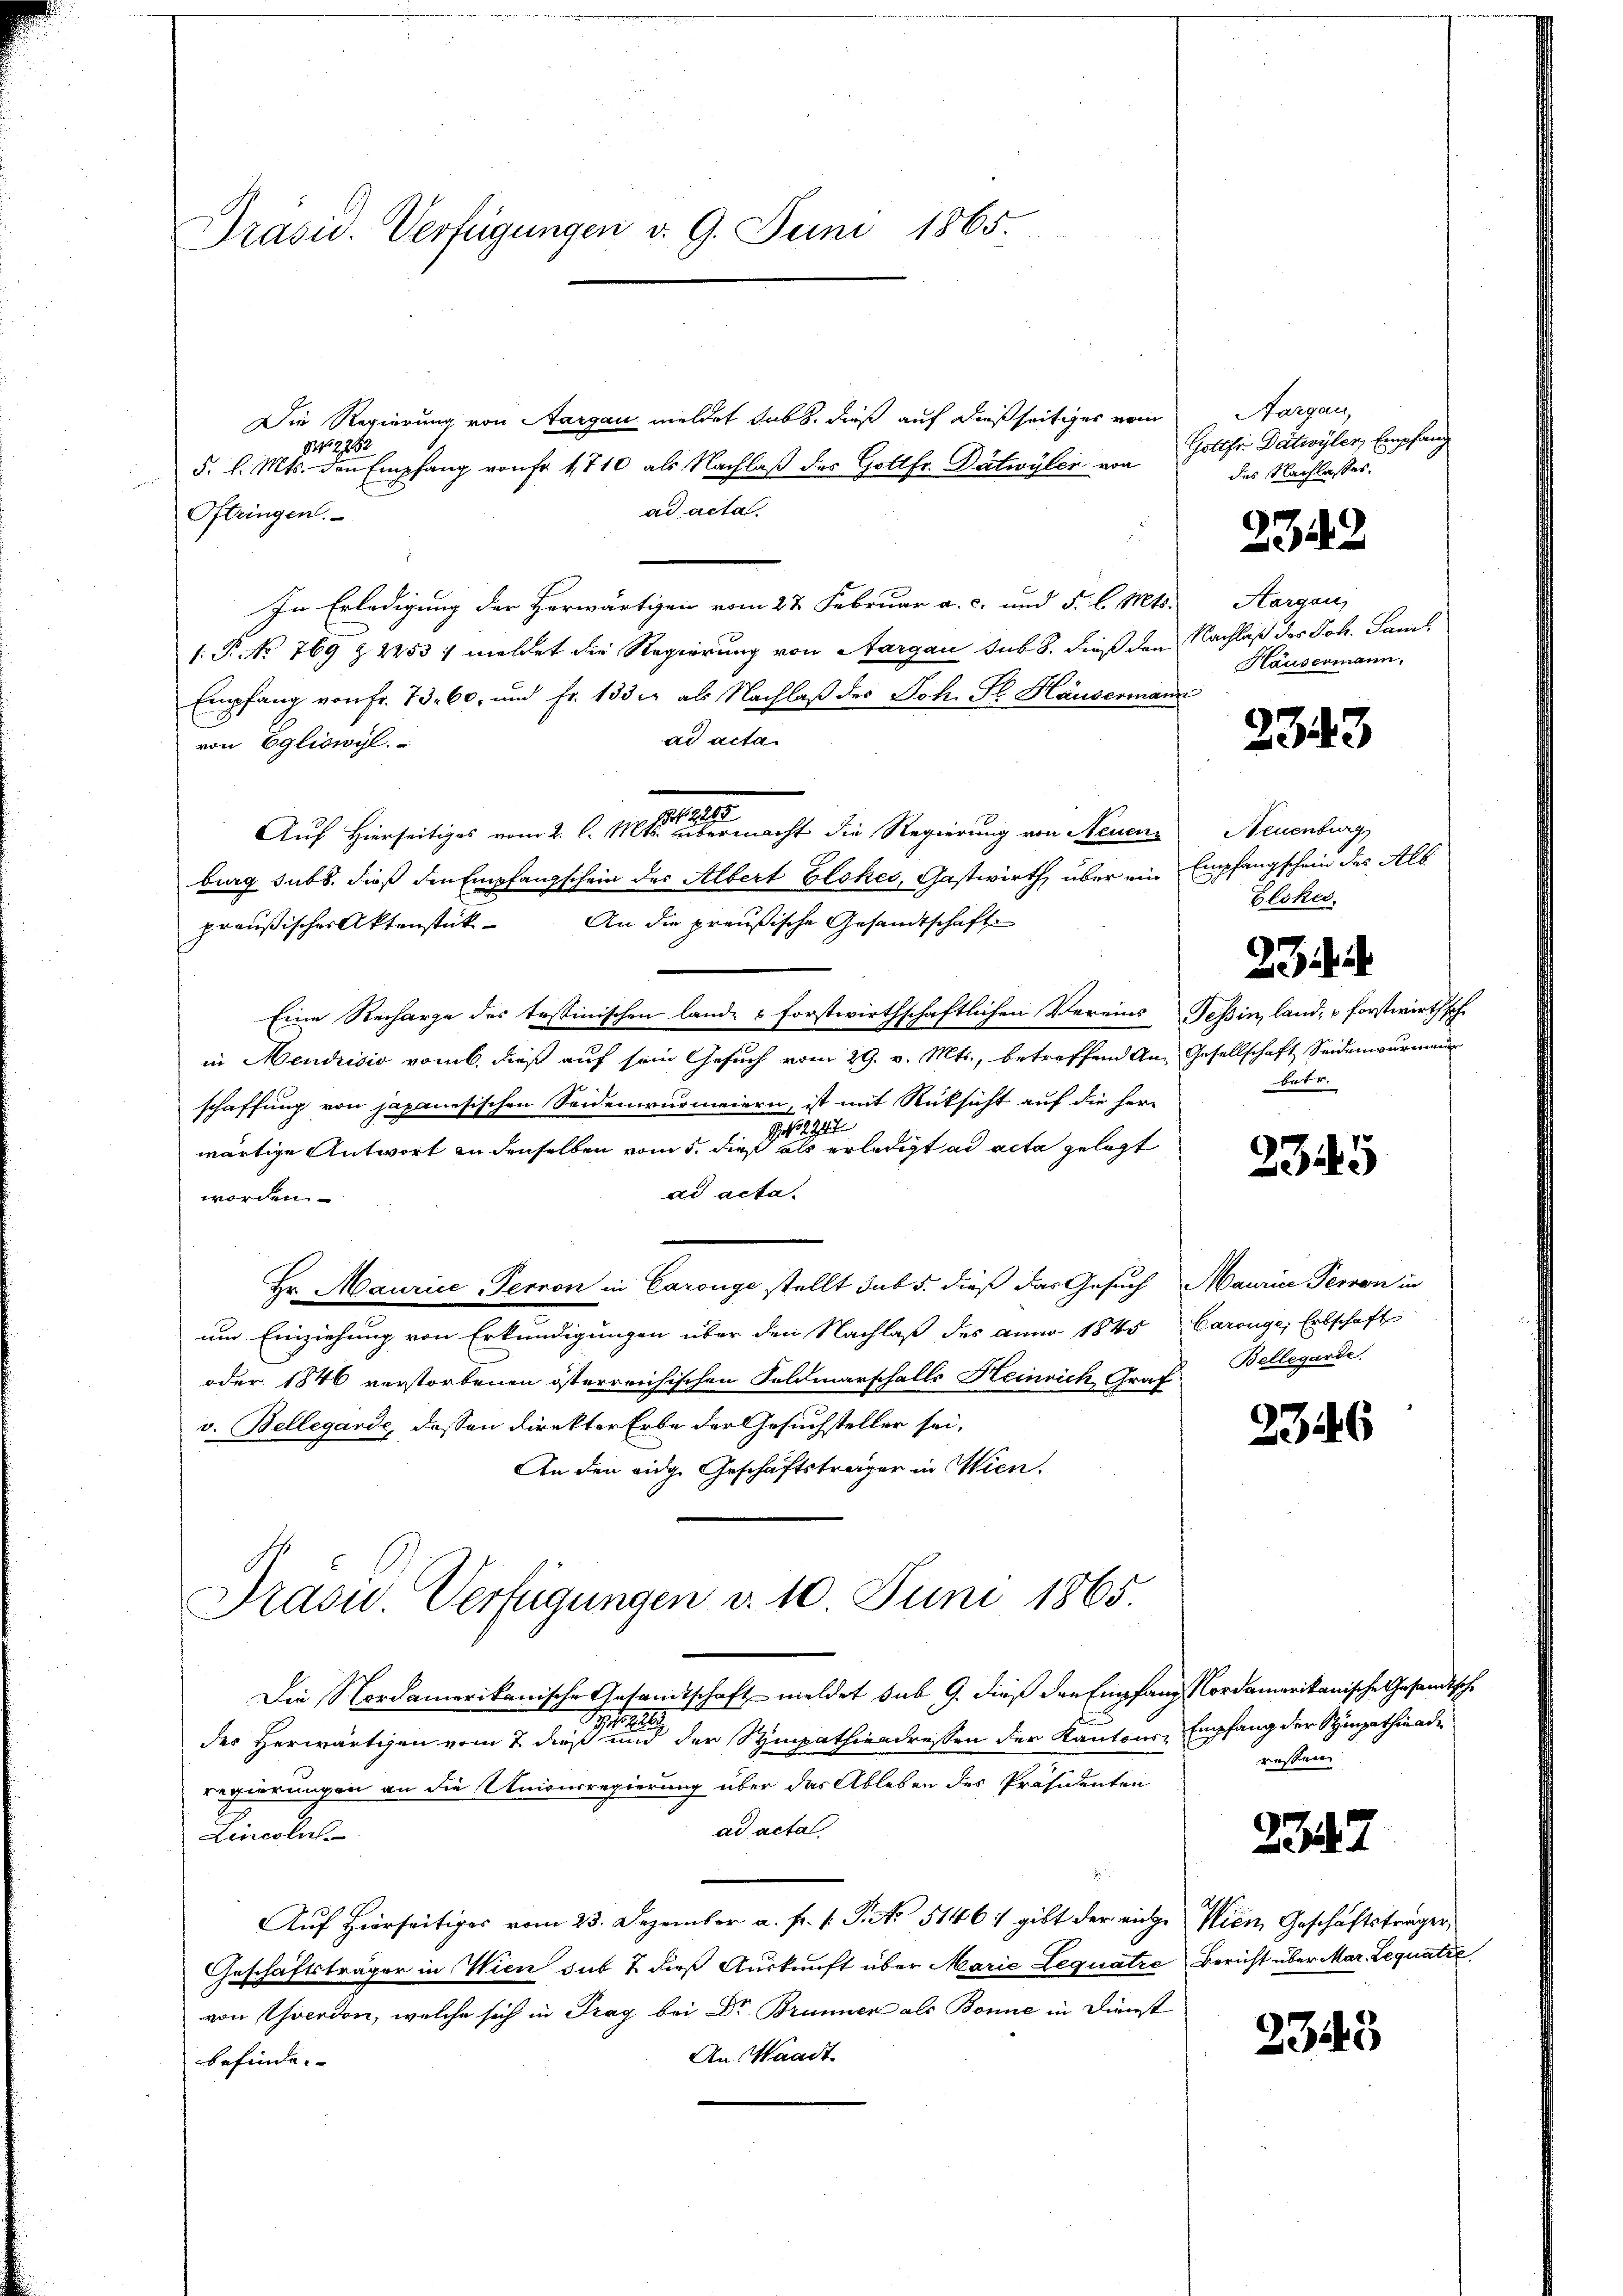
Präsid. Verfügungen d. 9. Juni 1865.

Die Regierung von Aargau meldet sub. dieß auf dießseitiges vom
82752
5. l. Mts. den Empfang von Fr. 1710 als Nachlaß des Gottfr. Dätwyler von
ad acta
Oftringen.
In Erledigung der Herwärtigen vom 27. Februar a. c. und 5. l. Mts. Aargau,
.P. No 769 & 2253 / meldet die Regierung von Aargau sub. 8. dieß den Nachlaß des Joh. Saml
Empfang von Fr. 73. 60, und Fr. 133 u. als Nachlaβ des Joh. St. Häusermann
ad acta
von Egliswyl.
1.
Auf Hierseitiges vom 2. l. Mts. übermacht die Regierung von Neuen
burg subs, dieß den Empfangschein der Albert Elckes, Gastwirth, über ein
An die preußische Gesandtschaft
preußischer Aktenstück
Eine Recharge des testinischen lande & forstwirthschaftlichen Vereins Teßin, land, u Forstwirthsch
in Mendrisis vom 6. dieß auf sein Gesuch vom 29. v. Mts., betreffend Anschaffung von japanesischen Seidenwurmeiern, ist mit Rüksicht auf die Herr
J. 1792
wärtige Antwort in denselben vom 5. dieß als erledigt ad acta gelegt
ad acta.
worden.
.
Hr. Maurice, Terron in Carouge stellt sub 5. dieß das Gesuch
um Einziehung von Erkundigungen über den Nachlaß des anno 1845
oder 1846 verstorbenen österreichischen Feldmarschalls Heinrich Graf
v. Bellegarde, dassen direkter Erbe der Gesuchsteller sei,
An den eidge Geschäftsträger in Wien.
Präsid.. Verfügungen d. 10. Juni 1865.
Die Nordamerikanische Gesandtschaft meldet sub 9. dieß den Empfang Nordamerikanische Gesandtsche
11
der Herwärtigen vom 7 dieß und der Sympathiendressen der Kantonsregierungen an die Unionsregierung über das Ableben des Präsidenten
ad acta
Lincolus
Auf hierseitiges vom 23. Dezember a. f. 1. P. No 5146, gibt der eige
Geschäftsträger in Wien sub 7 dieß Auskunft über Marie Lequatre
von Yverdon, welche sich in Prag bei Dr. Brunner als Bonne in Dienst
An Waadt
befinde. |

Aargau,
Gotthri Dätwyler, Empfang
des Nachlasses.

2342

Häusermann.

2343

Neuenburg
Empfangschein des Alb.
Glokes

Gesellschaft Seidenwurmann
betr.

2

235

Maurice Person in
Carouge; Erbschaft
Bellegarde.

23446

Empfang der Stimpathiade
ressen

2247

Wien Geschäftsträger,
Bericht über Mar. Lequatre

2345